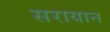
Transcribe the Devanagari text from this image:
सरायान